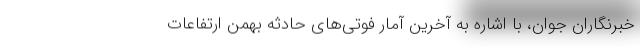
خبرنگاران جوان، با اشاره به آخرین آمار فوتی‌های حادثه بهمن ارتفاعات